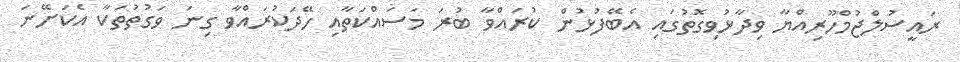
ރައީސުލްޖުމްހޫރިއްޔާ ވިދާޅުވިގޮތުގައި އެބޭފުޅުން ކުރައްވާ ބުރަ މަސައްކަތާއި ހޭދަކުރައްވާ ގިނަ ވަގުތުތަކާ އެކަށޭނަ